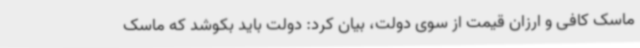
ماسک کافی و ارزان قیمت از سوی دولت، بیان کرد: دولت باید بکوشد که ماسک